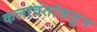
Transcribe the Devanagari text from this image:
कलावंतांकडून